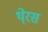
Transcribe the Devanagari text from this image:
थे्रस